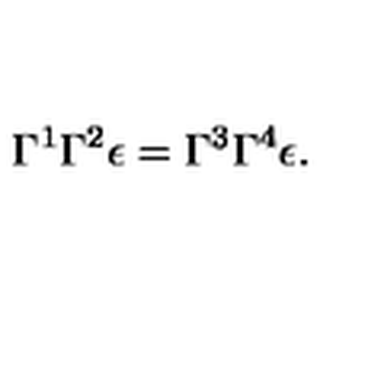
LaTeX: \Gamma ^ { 1 } \Gamma ^ { 2 } \epsilon = \Gamma ^ { 3 } \Gamma ^ { 4 } \epsilon .